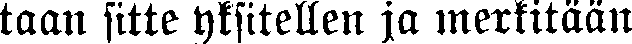
taan sitte yksitellen ja merkitään